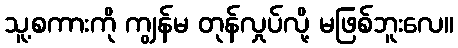
သူ့စကားကို ကျွန်မ တုန်လှုပ်လို့ မဖြစ်ဘူးလေ။